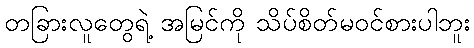
တခြားလူတွေရဲ့ အမြင်ကို သိပ်စိတ်မဝင်စားပါဘူး